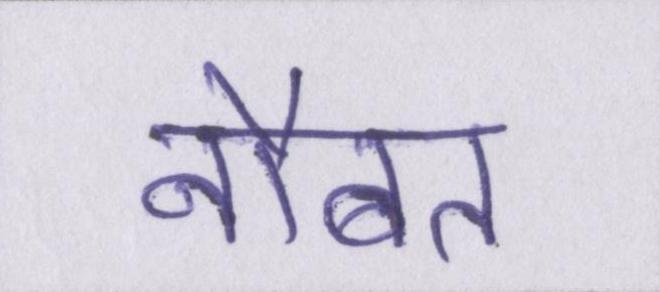
नौबत